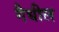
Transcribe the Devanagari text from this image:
गैधील